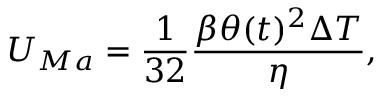
U _ { M a } = \frac { 1 } { 3 2 } \frac { \beta \theta ( t ) ^ { 2 } \Delta T } { \eta } ,